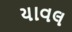
યાવલ